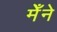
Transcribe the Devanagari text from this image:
मेँने